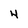
Character: 4